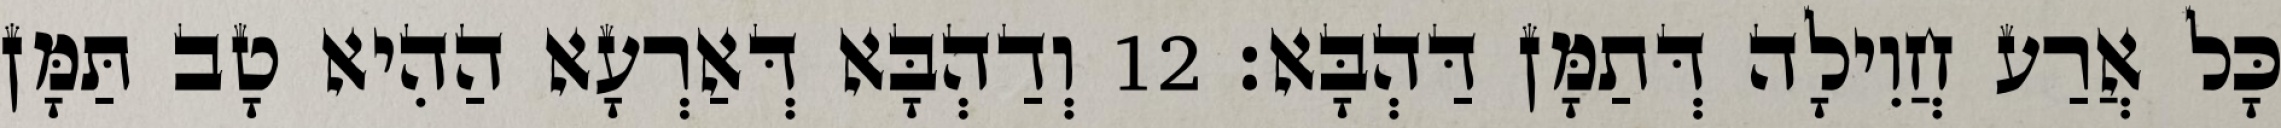
כָּל אֲרַע חֲוִילָה דְּתַמָּן דַּהְבָּא׃ 12 וְדַהְבָּא דְּאַרְעָא הַהִיא טָב תַּמָּן